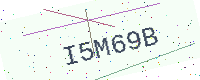
Text: I5M69B